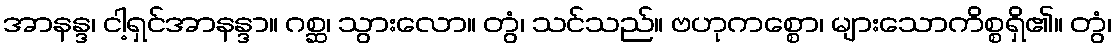
အာနန္ဒ၊ ငါ့ရှင်အာနန္ဒာ။ ဂစ္ဆ၊ သွားလော။ တွံ၊ သင်သည်။ ဗဟုကစ္စော၊ များသောကိစ္စရှိ၏။ တွံ၊